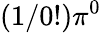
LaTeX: (1/0!)\pi^{0}